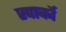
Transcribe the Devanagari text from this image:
स्पार्को